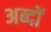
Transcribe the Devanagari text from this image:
अब्दों